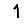
Digit: 1